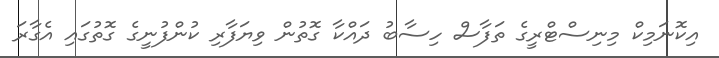
އިކޮނަމިކް މިނިސްޓްރީގެ ތަފާސް ހިސާބު ދައްކާ ގޮތުން ވިޔަފާރި ކުންފުނީގެ ގޮތުގައި އެގާރަ